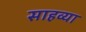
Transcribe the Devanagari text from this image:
साहव्या